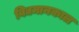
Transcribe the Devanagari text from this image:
विद्यमानकाल